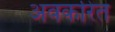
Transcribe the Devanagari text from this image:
अवकरित